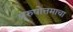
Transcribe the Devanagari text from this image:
पुरुषोत्तमाचा